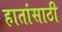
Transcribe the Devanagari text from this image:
हातांसाठी